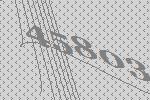
45803